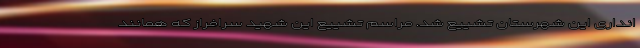
انداری این شهرستان تشییع شد. مراسم تشییع این شهید سرافراز که همانند